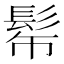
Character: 𩬓